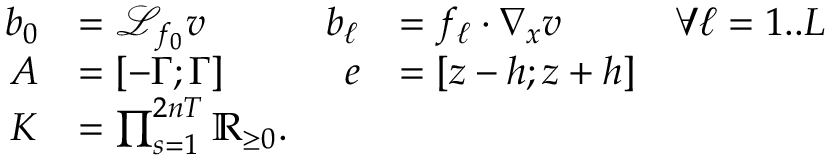
\begin{array} { r l r l r } { b _ { 0 } } & { = \mathcal { L } _ { f _ { 0 } } v } & { b _ { \ell } } & { = f _ { \ell } \cdot \nabla _ { x } v } & { \forall \ell = 1 . . L } \\ { A } & { = [ - \Gamma ; \Gamma ] } & { e } & { = [ z - h ; z + h ] } \\ { K } & { = \textstyle \prod _ { s = 1 } ^ { 2 n T } \mathbb { R } _ { \geq 0 } . } \end{array}